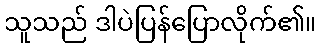
သူသည် ဒါပဲပြန်ပြောလိုက်၏။